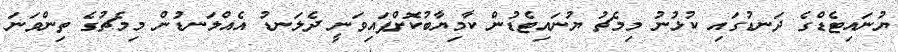
ޔުނައިޓެޑްގެ ދަނޑުގައި ކުޅުނު މިމެޗު ޔުނައިޓެޑުން ކާމިޔާބުކޮށްފައިވަނީ ދެލަނޑު އެއްލަނޑުން މިމެޗުގެ ތިންވަނަ